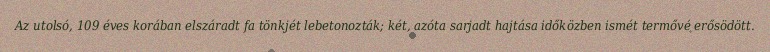
Az utolsó, 109 éves korában elszáradt fa tönkjét lebetonozták; két, azóta sarjadt hajtása időközben ismét termővé erősödött.